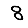
Digit: 8